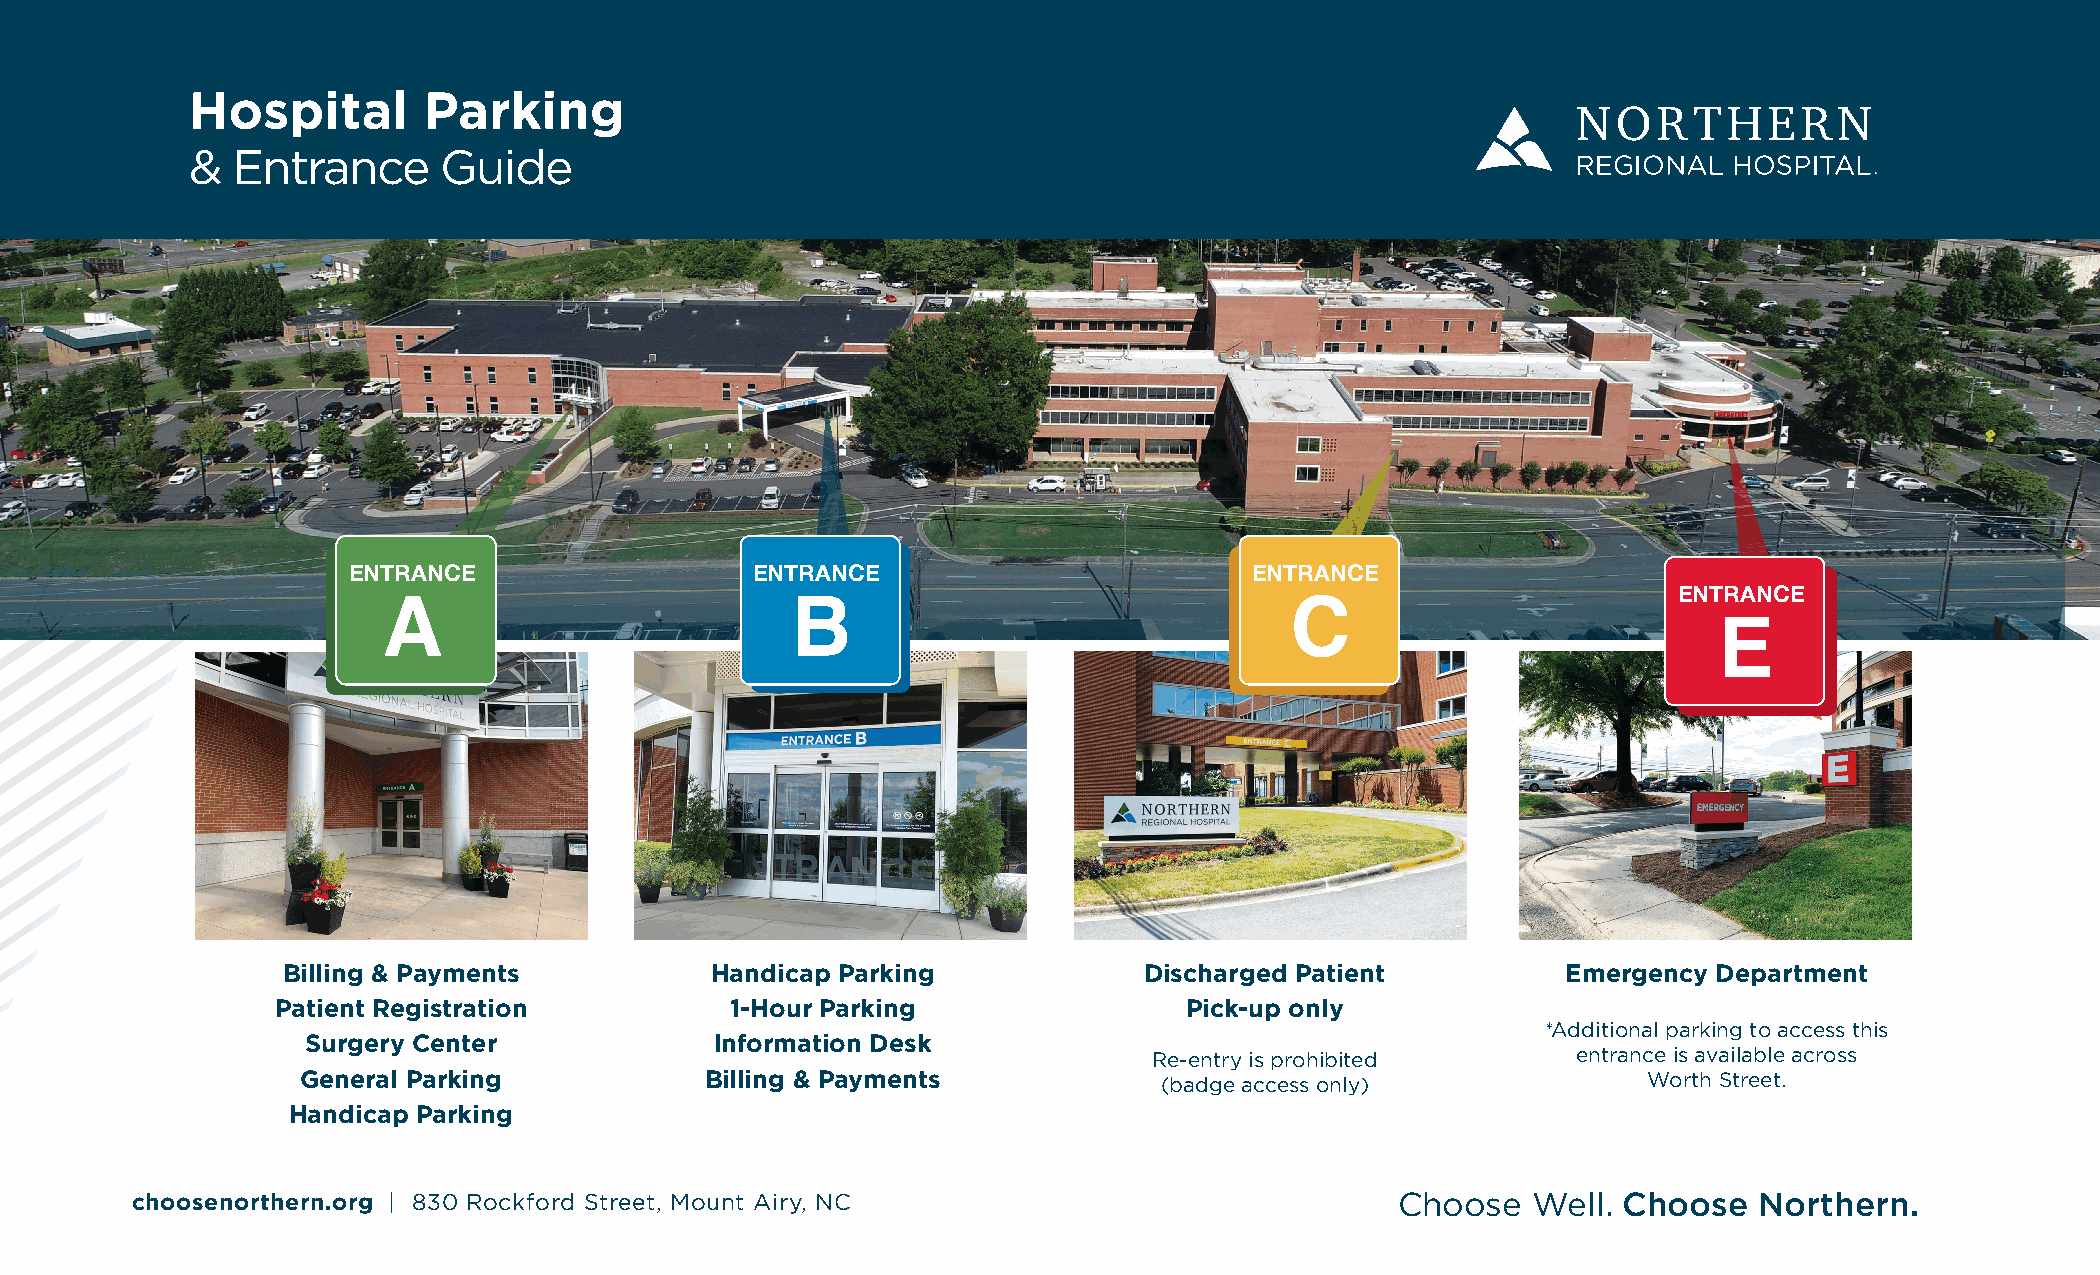
Hospital       Parking
 & Entrance      Guide
 ENTRANCE                   ENTRANCE                         ENTRANCE
 ENTRANCE
 A                          B                                C
 E
 Billing & Payments          Handicap Parking             Discharged Patient          Emergency Department
 Patient Registration          1-Hour Parking                 Pick-up only
 *Additional parking to access this
 Surgery Center             Information Desk
 Re-entry is prohibited      entrance is available across
 General Parking            Billing & Payments            (badge access only)             Worth Street.
 HEALTH      SERVICES
 Handicap Parking
 LOCATION      GUIDE
 choosenorthern.org | 830 Rockford Street, Mount Airy, NC                            Choose  Well. Choose   Northern.